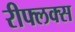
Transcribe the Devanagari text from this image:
रीफ्लक्स